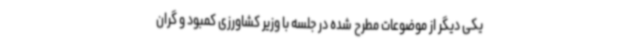
یکی دیگر از موضوعات مطرح شده در جلسه با وزیر کشاورزی کمبود و گران